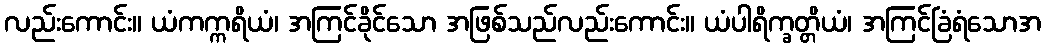
လည်းကောင်း။ ယံကက္ကရိယံ၊ အကြင်ခိုင်သော အဖြစ်သည်လည်းကောင်း။ ယံပါရိက္ခတ္တိယံ၊ အကြင်ခြံရံသောအ